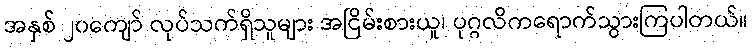
အနှစ် ၂၀ကျော် လုပ်သက်ရှိသူများ အငြိမ်းစားယူ၊ ပုဂ္ဂလိကရောက်သွားကြပါတယ်။